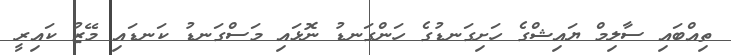
ތިއްބައި ސާލިމް ޔައިޝްގެ ހަށިގަނޑުގެ ހަންގަނޑު ނޮޅައި މަސްގަނޑު ކަނޑައި މޭޒު ކައިރީ